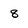
Character: 8